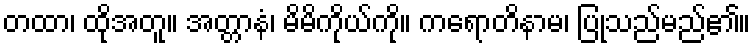
တထာ၊ ထိုအတူ။ အတ္တာနံ၊ မိမိကိုယ်ကို။ ကရောတိနာမ၊ ပြုသည်မည်၏။